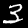
Digit: 3